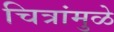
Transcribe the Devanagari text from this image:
चित्रांमुळे